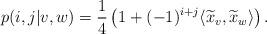
LaTeX: \begin{align*}p(i,j|v,w) = \frac{1}{4}\left(1+(-1)^{i+j}\langle \widetilde{x}_v,\widetilde{x}_w \rangle \right).\end{align*}